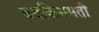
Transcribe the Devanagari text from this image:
बदकिसमती